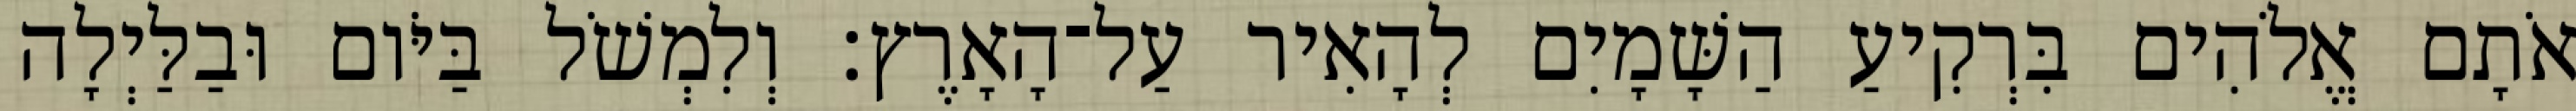
אֹתָם אֱלֹהִים בִּרְקִיעַ הַשָּׁמָיִם לְהָאִיר עַל־הָאָרֶץ׃ וְלִמְשֹׁל בַּיֹּום וּבַלַּיְלָה